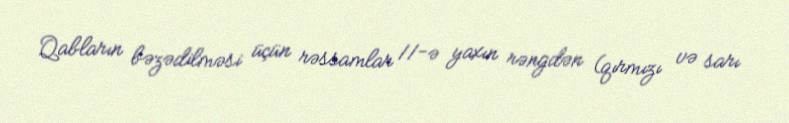
Qabların bəzədilməsi üçün rəssamlar 11-ə yaxın rəngdən (qırmızı və sarı